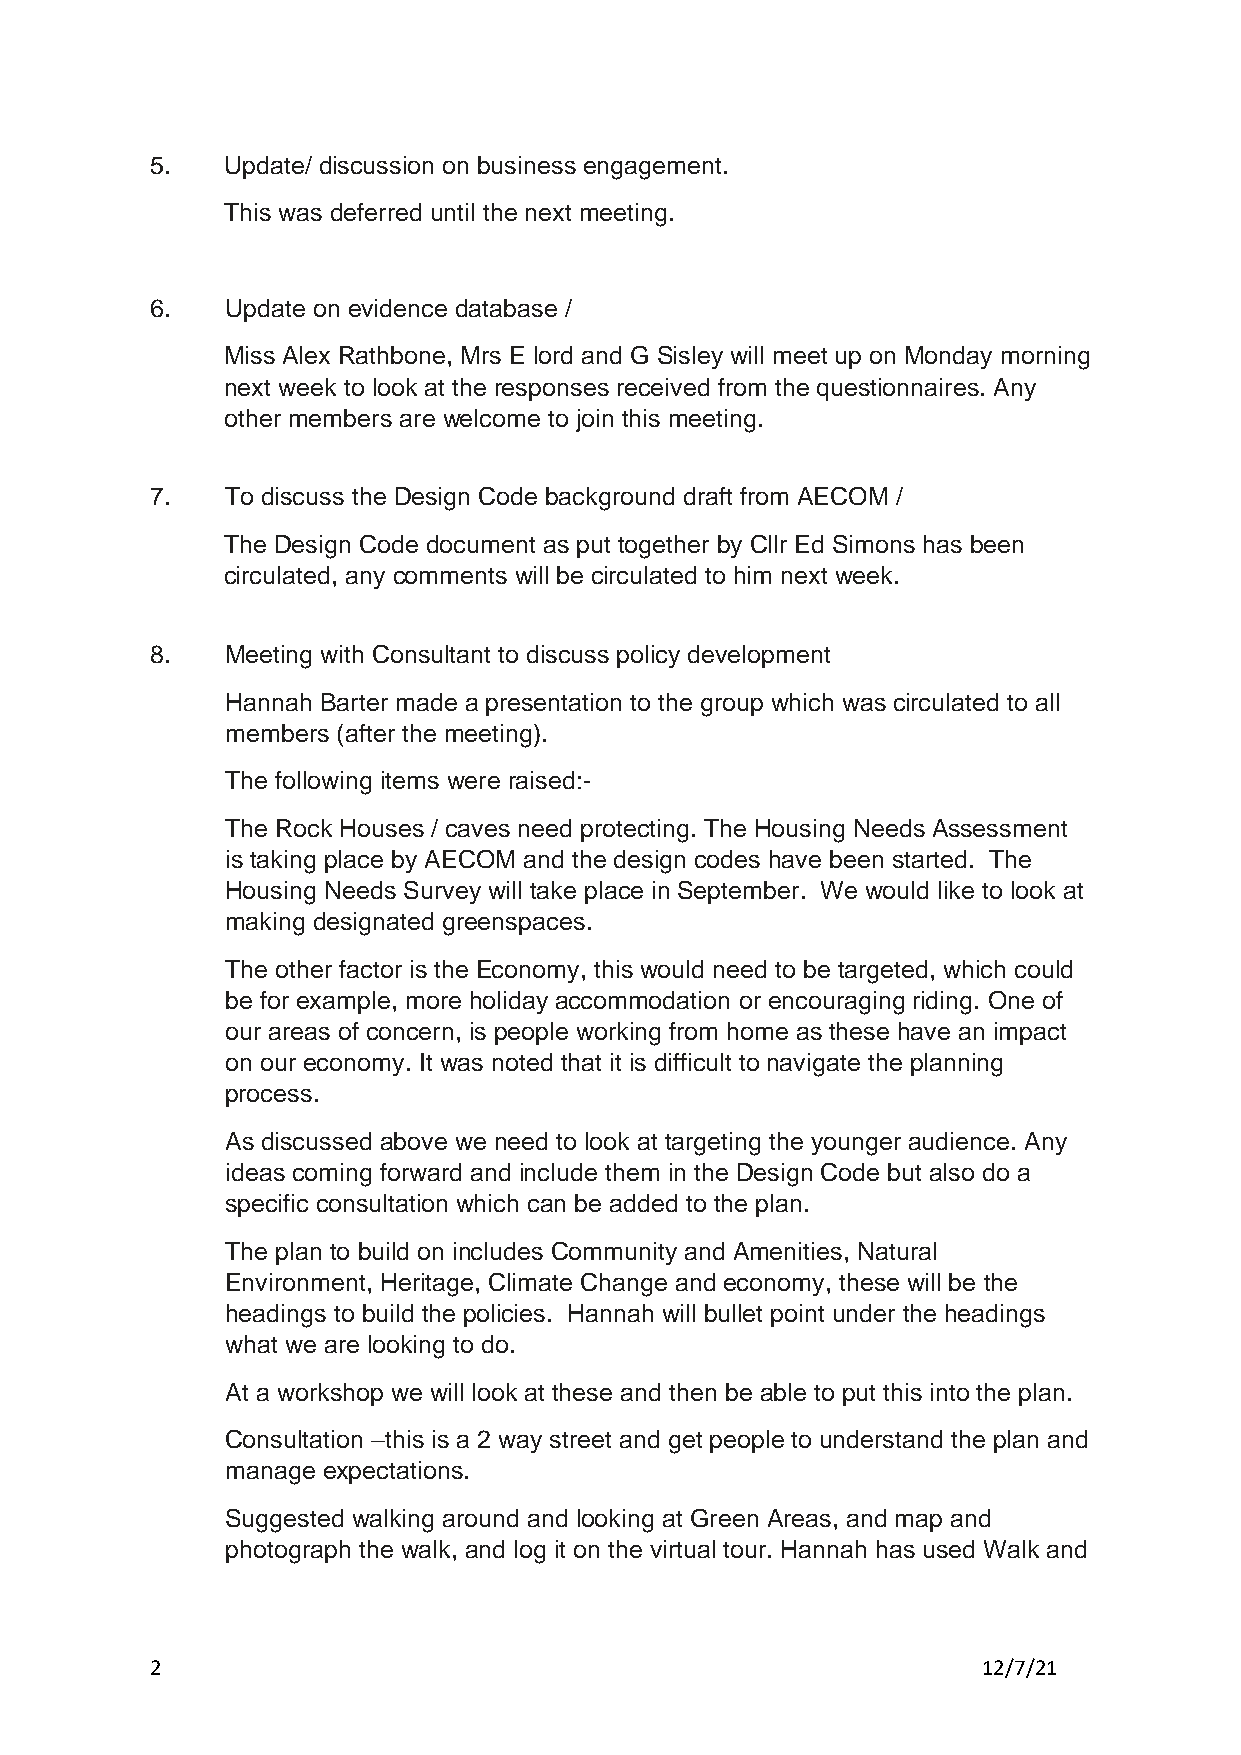
5.   Update/ discussion on business engagement.
 This was deferred until the next meeting.
 6.   Update on evidence database /
 Miss Alex Rathbone, Mrs E lord and G Sisley will meet up on Monday morning
 next week to look at the responses received from the questionnaires. Any
 other members are welcome to join this meeting.
 7.   To discuss the Design Code background draft from AECOM /
 The Design Code document as put together by Cllr Ed Simons has been
 circulated, any comments will be circulated to him next week.
 8.   Meeting with Consultant to discuss policy development
 Hannah Barter made a presentation to the group which was circulated to all
 members (after the meeting).
 The following items were raised:-
 The Rock Houses / caves need protecting. The Housing Needs Assessment
 is taking place by AECOM and the design codes have been started. The
 Housing Needs Survey will take place in September. We would like to look at
 making designated greenspaces.
 The other factor is the Economy, this would need to be targeted, which could
 be for example, more holiday accommodation or encouraging riding. One of
 our areas of concern, is people working from home as these have an impact
 on our economy. It was noted that it is difficult to navigate the planning
 process.
 As discussed above we need to look at targeting the younger audience. Any
 ideas coming forward and include them in the Design Code but also do a
 specific consultation which can be added to the plan.
 The plan to build on includes Community and Amenities, Natural
 Environment, Heritage, Climate Change and economy, these will be the
 headings to build the policies. Hannah will bullet point under the headings
 what we are looking to do.
 At a workshop we will look at these and then be able to put this into the plan.
 Consultation –this is a 2 way street and get people to understand the plan and
 manage expectations.
 Suggested walking around and looking at Green Areas, and map and
 photograph the walk, and log it on the virtual tour. Hannah has used Walk and
 2                                                      12/7/21